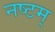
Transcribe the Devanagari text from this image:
नष्टम्